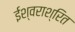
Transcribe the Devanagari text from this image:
ईश्वराश्रित